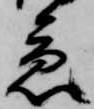
急